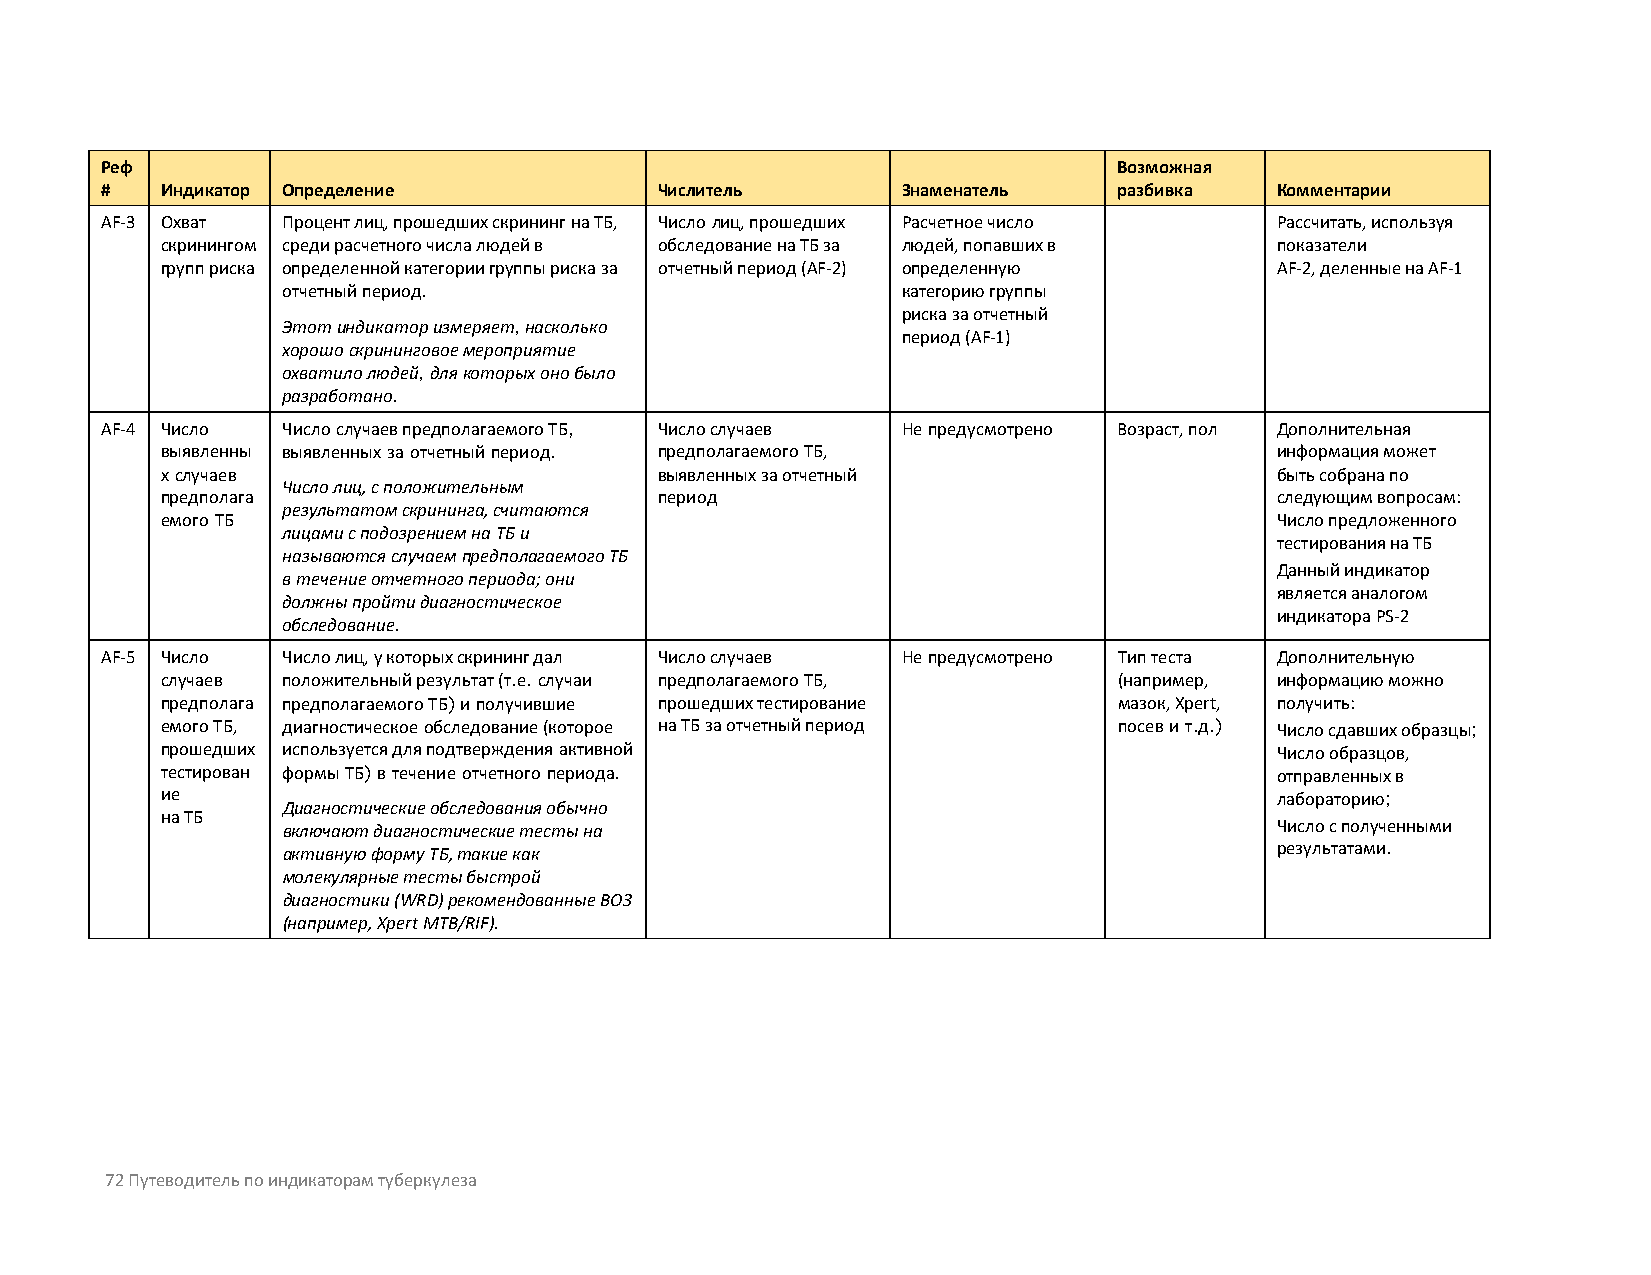
Реф                                                                Возможная
 #   Индикатор Определение            Числитель       Знаменатель   разбивка  Комментарии
 AF-3 Охват  Процент лиц, прошедших скрининг на ТБ, Число лиц, прошедших Расчетное число Рассчитать, используя
 скринингом среди расчетного числа людей в обследование на ТБ за людей, попавших в показатели
 групп риска определенной категории группы риска за отчетный период (AF-2) определенную AF-2, деленные на AF-1
 отчетный период.                         категорию группы
 риска за отчетный
 Этот индикатор измеряет, насколько
 период (AF-1)
 хорошо скрининговое мероприятие
 охватило людей, для которых оно было
 разработано.
 AF-4 Число  Число случаев предполагаемого ТБ, Число случаев Не предусмотрено Возраст, пол Дополнительная
 выявленны выявленных за отчетный период. предполагаемого ТБ,             информация может
 х случаев                        выявленных за отчетный                  быть собрана по
 Число лиц, с положительным
 предполага                       период                                  следующим вопросам:
 результатом скрининга, считаются
 емого ТБ                                                                 Число предложенного
 лицами с подозрением на ТБ и
 тестирования на ТБ
 называются случаем предполагаемого ТБ
 Данный индикатор
 в течение отчетного периода; они
 является аналогом
 должны пройти диагностическое
 индикатора PS-2
 обследование.
 AF-5 Число  Число лиц, у которых скрининг дал Число случаев Не предусмотрено Тип теста Дополнительную
 случаев положительный результат (т.е. случаи предполагаемого ТБ, (например, информацию можно
 предполага предполагаемого ТБ) и получившие прошедших тестирование мазок, Xpert, получить:
 емого ТБ, диагностическое обследование (которое на ТБ за отчетный период посев и т.д.) Число сдавших образцы;
 прошедших используется для подтверждения активной                        Число образцов,
 тестирован формы ТБ) в течение отчетного периода.                        отправленных в
 ие                                                                       лабораторию;
 Диагностические обследования обычно
 на ТБ
 включают диагностические тесты на                                Число с полученными
 активную форму ТБ, такие как                                     результатами.
 молекулярные тесты быстрой
 диагностики (WRD) рекомендованные ВОЗ
 (например, Xpert MTB/RIF).
 72 Путеводитель по индикаторам туберкулеза